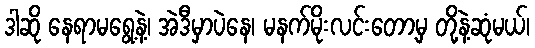
ဒါဆို နေရာမရွေ့နဲ့၊ အဲဒီမှာပဲနေ၊ မနက်မိုးလင်းတော့မှ တို့နဲ့ဆုံမယ်၊